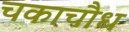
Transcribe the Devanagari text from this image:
चकाचौध